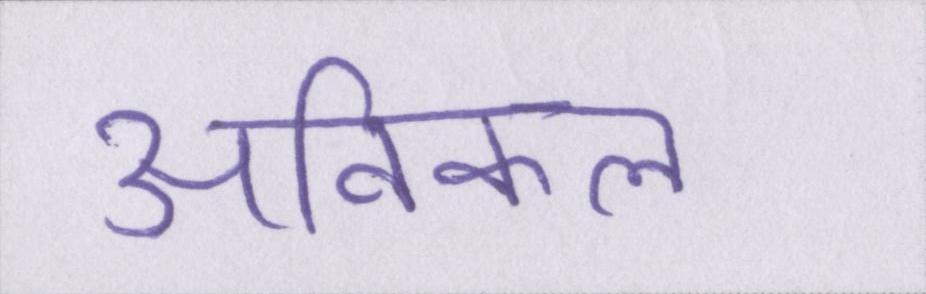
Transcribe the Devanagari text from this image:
अविकल